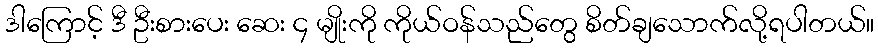
ဒါကြောင့် ဒီ ဦးစားပေး ဆေး ၄ မျိုးကို ကိုယ်ဝန်သည်တွေ စိတ်ချသောက်လို့ရပါတယ်။